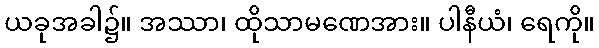
ယခုအခါ၌။ အဿာ၊ ထိုသာမဏေအား။ ပါနီယံ၊ ရေကို။